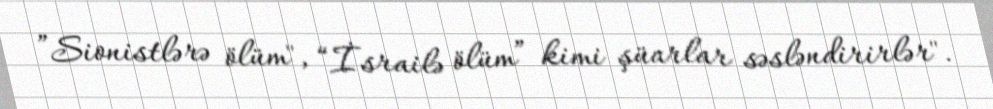
”Sionistlərə ölüm", “İsrailə ölüm” kimi şüarlar səsləndirirlər".